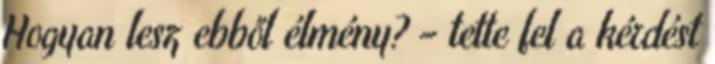
Hogyan lesz ebből élmény? – tette fel a kérdést